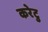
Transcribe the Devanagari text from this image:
करेटु